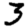
Digit: 3